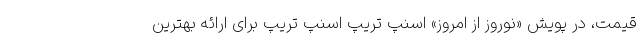
قیمت، در پویش «نوروز از امروز» اسنپ تریپ اسنپ تریپ برای ارائه بهترین